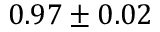
0 . 9 7 \pm 0 . 0 2